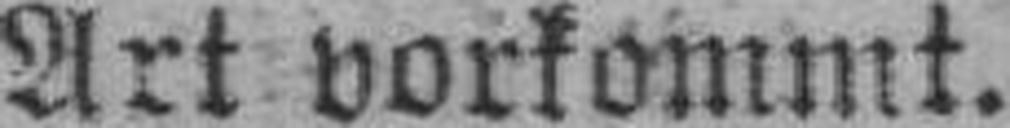
Art vorkommt.